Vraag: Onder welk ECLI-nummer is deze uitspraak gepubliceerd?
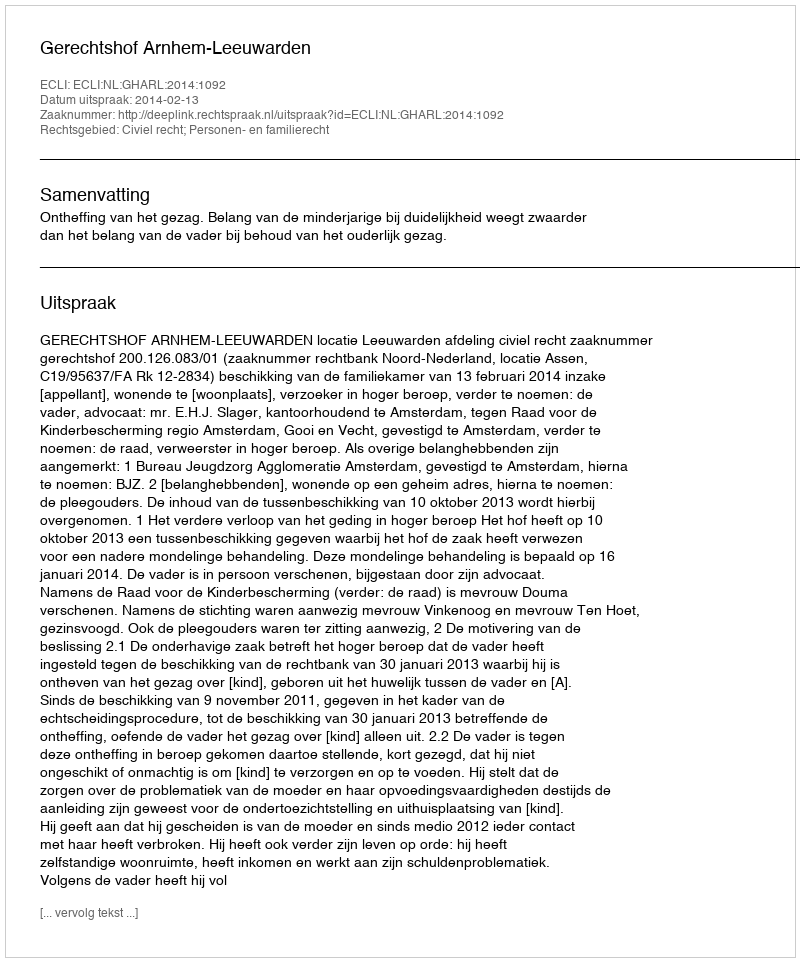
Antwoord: ECLI:NL:GHARL:2014:1092